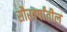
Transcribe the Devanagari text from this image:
सौरवर्षांतील